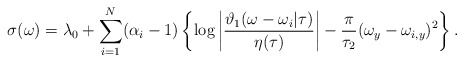
\begin{align*}\sigma (\omega) = \lambda_{0} + \sum_{i=1}^{N} (\alpha_{i} -1) \left\{\log \left| \frac{\vartheta_{1} (\omega - \omega_{i}| \tau )}{\eta(\tau)} \right| - \frac{\pi}{\tau_{2}}(\omega_{y} -\omega_{i,y})^{2}\right\}.\end{align*}